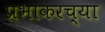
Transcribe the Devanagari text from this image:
प्रभाकरच्या